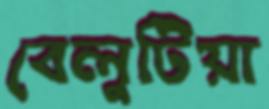
বেলুটিয়া